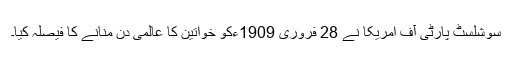
سوشلسٹ پارٹی آف امریکا نے 28 فروری 1909ءکو خواتین کا عالمی دن منانے کا فیصلہ کیا۔